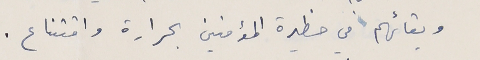
وبقائهم في حظيرة المؤمنين بحرارة واقتناع.